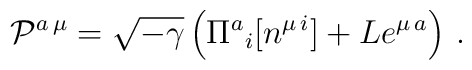
{\cal P}^{a\,\mu} = \sqrt{-\gamma}\left( \Pi^a{}_{i}[ n^{\mu\,i}] +  L e^{\mu\,a}\right)\,.